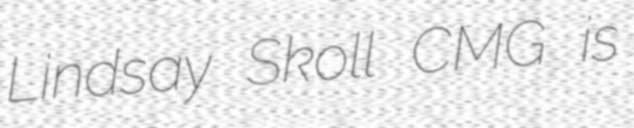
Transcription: Lindsay Skoll CMG is